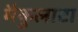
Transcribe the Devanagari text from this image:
मैकुलाटा